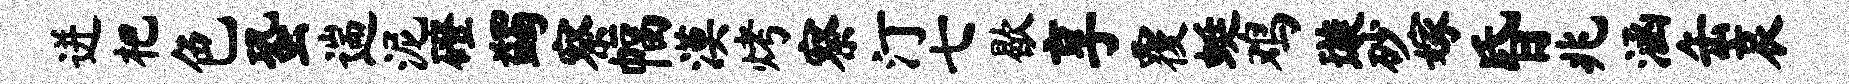
迸杷色蛩遄泥磴蠲察幅漠烤察汀七歇享覆蜓鸡璇砂嫁昏兆涵缶哀